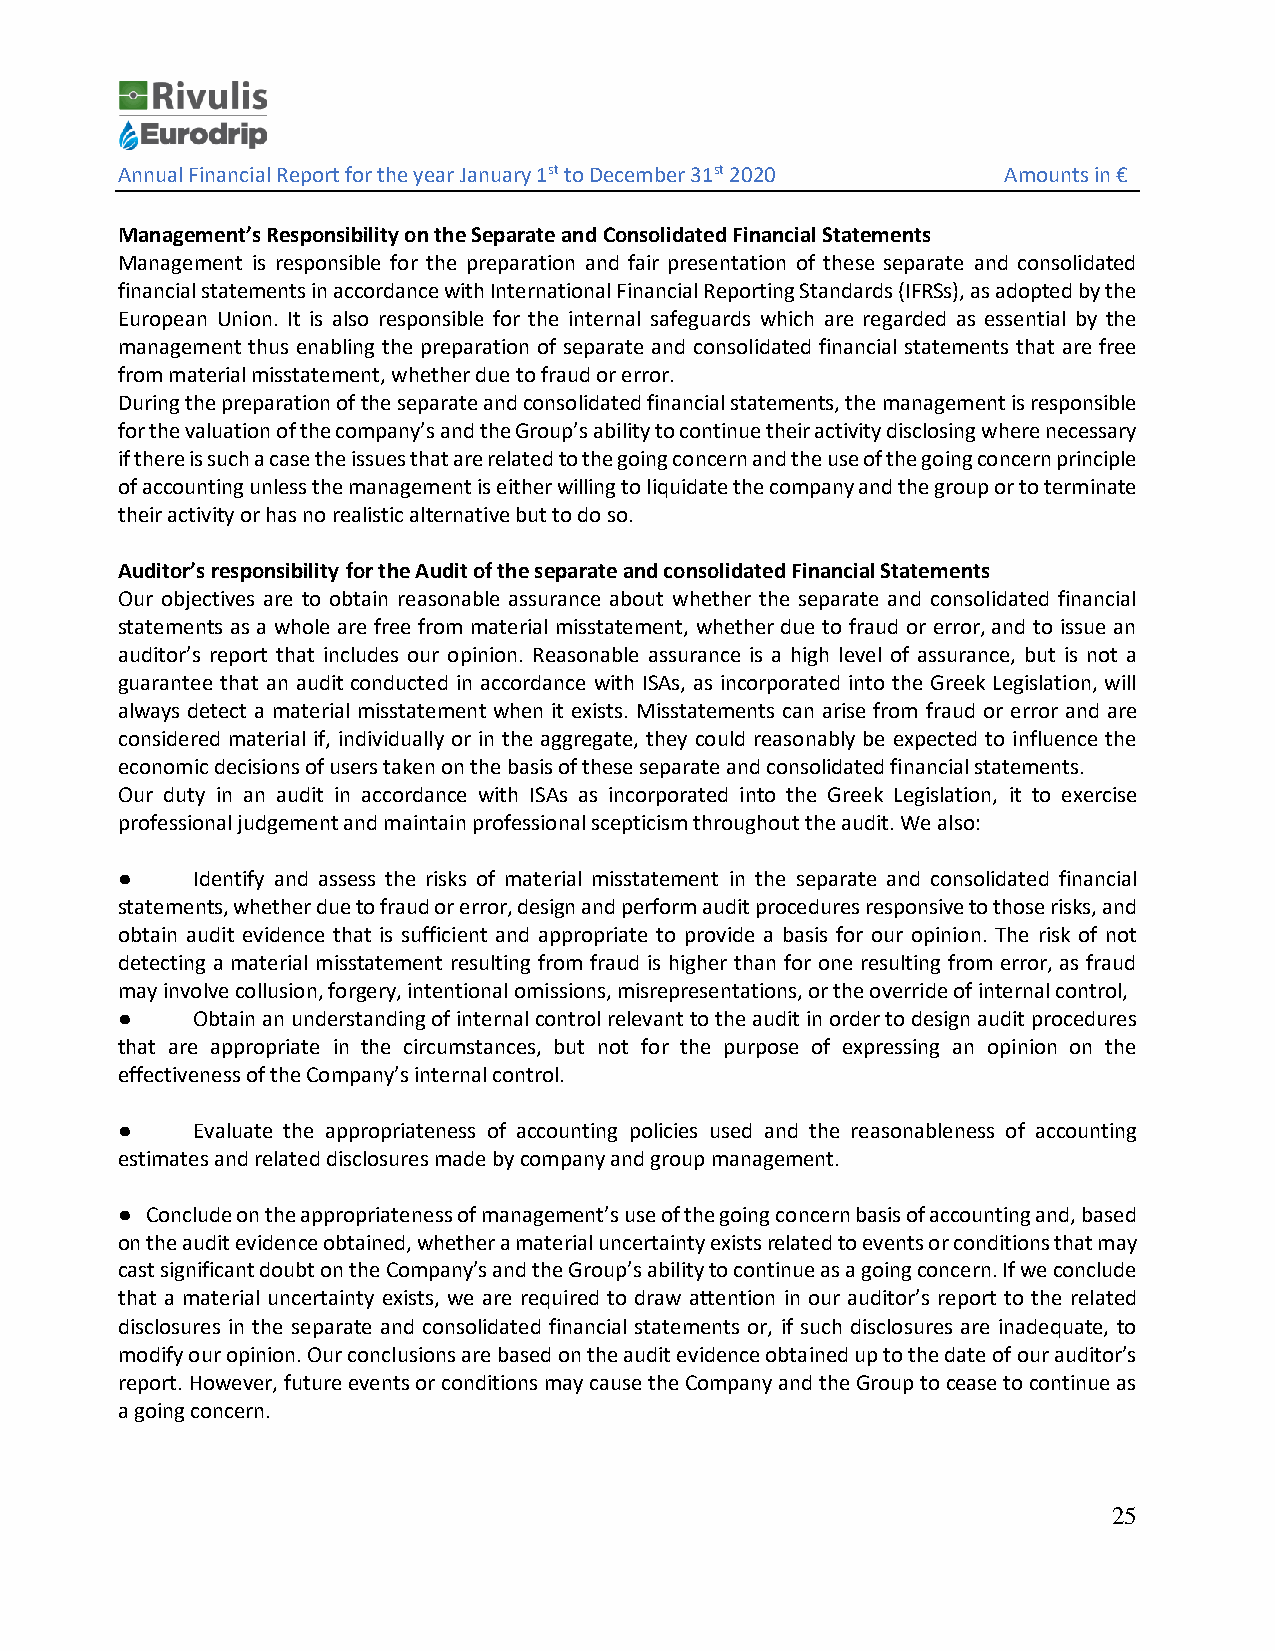
Annual Financial Report for the year January 1st to December 31st 2020 Amounts in €
 Management’s Responsibility on the Separate and Consolidated Financial Statements
 Management is responsible for the preparation and fair presentation of these separate and consolidated
 financial statements in accordance with International Financial Reporting Standards (IFRSs), as adopted by the
 European Union. It is also responsible for the internal safeguards which are regarded as essential by the
 management thus enabling the preparation of separate and consolidated financial statements that are free
 from material misstatement, whether due to fraud or error.
 During the preparation of the separate and consolidated financial statements, the management is responsible
 for the valuation of the company’s and the Group’s ability to continue their activity disclosing where necessary
 if there is such a case the issues that are related to the going concern and the use of the going concern principle
 of accounting unless the management is either willing to liquidate the company and the group or to terminate
 their activity or has no realistic alternative but to do so.
 Auditor’s responsibility for the Audit of the separate and consolidated Financial Statements
 Our objectives are to obtain reasonable assurance about whether the separate and consolidated financial
 statements as a whole are free from material misstatement, whether due to fraud or error, and to issue an
 auditor’s report that includes our opinion. Reasonable assurance is a high level of assurance, but is not a
 guarantee that an audit conducted in accordance with ISAs, as incorporated into the Greek Legislation, will
 always detect a material misstatement when it exists. Misstatements can arise from fraud or error and are
 considered material if, individually or in the aggregate, they could reasonably be expected to influence the
 economic decisions of users taken on the basis of these separate and consolidated financial statements.
 Our duty in an audit in accordance with ISAs as incorporated into the Greek Legislation, it to exercise
 professional judgement and maintain professional scepticism throughout the audit. We also:
 ●    Identify and assess the risks of material misstatement in the separate and consolidated financial
 statements, whether due to fraud or error, design and perform audit procedures responsive to those risks, and
 obtain audit evidence that is sufficient and appropriate to provide a basis for our opinion. The risk of not
 detecting a material misstatement resulting from fraud is higher than for one resulting from error, as fraud
 may involve collusion, forgery, intentional omissions, misrepresentations, or the override of internal control,
 ●    Obtain an understanding of internal control relevant to the audit in order to design audit procedures
 that are appropriate in the circumstances, but not for the purpose of expressing an opinion on the
 effectiveness of the Company’s internal control.
 ●    Evaluate the appropriateness of accounting policies used and the reasonableness of accounting
 estimates and related disclosures made by company and group management.
 ● Conclude on the appropriateness of management’s use of the going concern basis of accounting and, based
 on the audit evidence obtained, whether a material uncertainty exists related to events or conditions that may
 cast significant doubt on the Company’s and the Group’s ability to continue as a going concern. If we conclude
 that a material uncertainty exists, we are required to draw attention in our auditor’s report to the related
 disclosures in the separate and consolidated financial statements or, if such disclosures are inadequate, to
 modify our opinion. Our conclusions are based on the audit evidence obtained up to the date of our auditor’s
 report. However, future events or conditions may cause the Company and the Group to cease to continue as
 a going concern.
 25